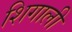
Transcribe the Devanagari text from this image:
शिगाली